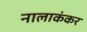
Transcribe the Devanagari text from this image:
नालाकंकर